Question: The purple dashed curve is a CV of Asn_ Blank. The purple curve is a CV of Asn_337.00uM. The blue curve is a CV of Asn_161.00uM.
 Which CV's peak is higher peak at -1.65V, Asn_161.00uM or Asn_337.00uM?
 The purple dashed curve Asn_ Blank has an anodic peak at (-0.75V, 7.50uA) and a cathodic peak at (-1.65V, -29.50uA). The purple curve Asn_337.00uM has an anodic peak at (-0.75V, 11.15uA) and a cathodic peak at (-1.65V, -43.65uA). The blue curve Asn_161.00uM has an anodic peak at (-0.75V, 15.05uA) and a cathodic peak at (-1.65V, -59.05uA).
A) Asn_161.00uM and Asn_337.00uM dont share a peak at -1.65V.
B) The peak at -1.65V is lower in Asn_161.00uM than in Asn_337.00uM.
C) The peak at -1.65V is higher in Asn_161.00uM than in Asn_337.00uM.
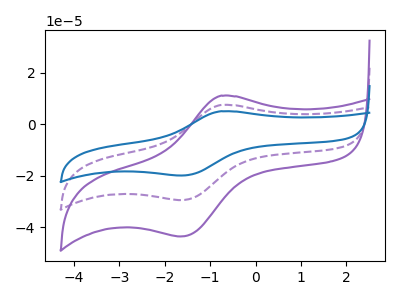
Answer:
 <answer>C) The peak at -1.65V is higher in "Asn_161.00uM" than in "Asn_337.00uM".</answer>
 <eval>C</eval>